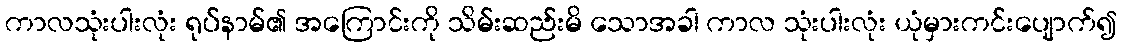
ကာလသုံးပါးလုံး ရုပ်နာမ်၏ အကြောင်းကို သိမ်းဆည်းမိ သောအခါ ကာလ သုံးပါးလုံး ယုံမှားကင်းပျောက်၍